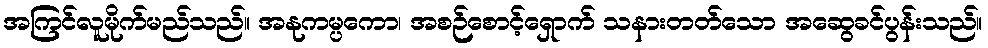
အကြင်လူမိုက်မည်သည်။ အနုကမ္ပကော၊ အစဉ်စောင့်ရှောက် သနားတတ်သော အဆွေခင်ပွန်းသည်။